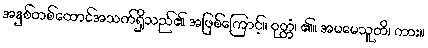
အနှစ်တစ်ထောင်အသက်ရှိသည်၏ အဖြစ်ကြောင့်။ ဝုတ္တံ၊ ၏။ အမမေသူတိ၊ ကား။